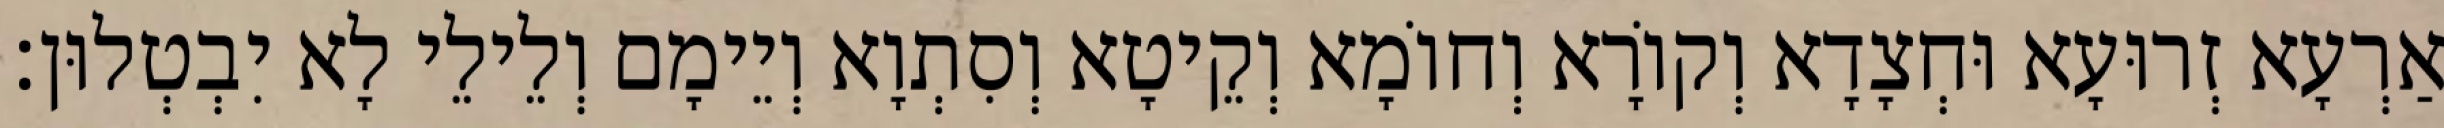
אַרְעָא זְרוּעָא וּחְצָדָא וְקוֹרָא וְחוֹמָא וְקֵיטָא וְסִתְוָא וְיֵימָם וְלֵילֵי לָא יִבְטְלוּן׃